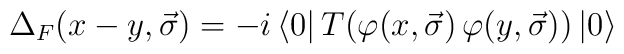
{\Delta}_{F}(x-y,\vec{\sigma})=-i\left<0\right|T(\varphi(x,\vec{\sigma})\,\varphi(y,\vec{\sigma}))\left|0\right>